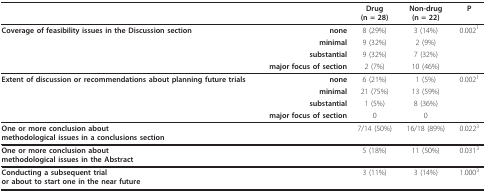
|  |  | Drug(n = 28) | Non-drug(n = 22) | P |
 | --- | --- | --- | --- | --- |
 | Coverage of feasibility issues in the Discussion section | none | 8 (29%) | 3 (14%) | 0.0021 |
 |  | minimal | 9 (32%) | 2 (9%) |  |
 |  | substantial | 9 (32%) | 7 (32%) |  |
 |  | major focus of section | 2 (7%) | 10 (46%) |  |
 | Extent of discussion or recommendations about planning future trials | none | 6 (21%) | 1 (5%) | 0.0021 |
 |  | minimal | 21 (75%) | 13 (59%) |  |
 |  | substantial | 1 (5%) | 8 (36%) |  |
 |  | major focus of section | 0 | 0 |  |
 | <COLSPAN=2> One or more conclusion aboutmethodological issues in a conclusions section | 7/14 (50%) | 16/18 (89%) | 0.0223 |
 | <COLSPAN=2> One or more conclusion aboutmethodological issues in the Abstract | 5 (18%) | 11 (50%) | 0.0313 |
 | <COLSPAN=2> Conducting a subsequent trialor about to start one in the near future | 3 (11%) | 3 (14%) | 1.0003 |